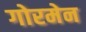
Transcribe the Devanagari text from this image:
गोरमेन